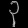
Digit: ၃